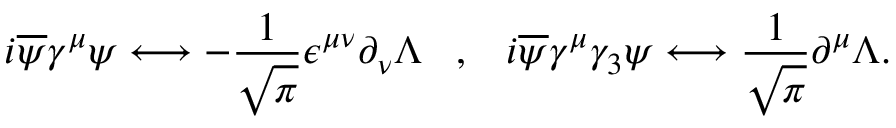
i \overline { { { \psi } } } \gamma ^ { \mu } \psi \longleftrightarrow - \frac { 1 } { \sqrt { \pi } } \epsilon ^ { \mu \nu } \partial _ { \nu } \Lambda \; \; \; , \; \; \; i \overline { { { \psi } } } \gamma ^ { \mu } \gamma _ { 3 } \psi \longleftrightarrow \frac { 1 } { \sqrt { \pi } } \partial ^ { \mu } \Lambda .